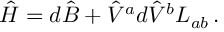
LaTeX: \hat { H } = d \hat { B } + { \hat { V } } ^ { a } d { \hat { V } } ^ { b } L _ { a b } \, .